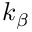
k _ { \beta }